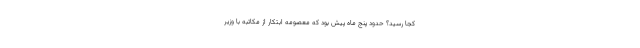
کجا رسید؟ حدود پنج ماه پیش بود که معصومه ابتکار از مکاتبه با وزیر